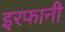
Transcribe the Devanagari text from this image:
इरफानी